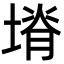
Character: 塉